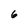
Character: 6